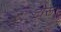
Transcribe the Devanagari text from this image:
टोरू